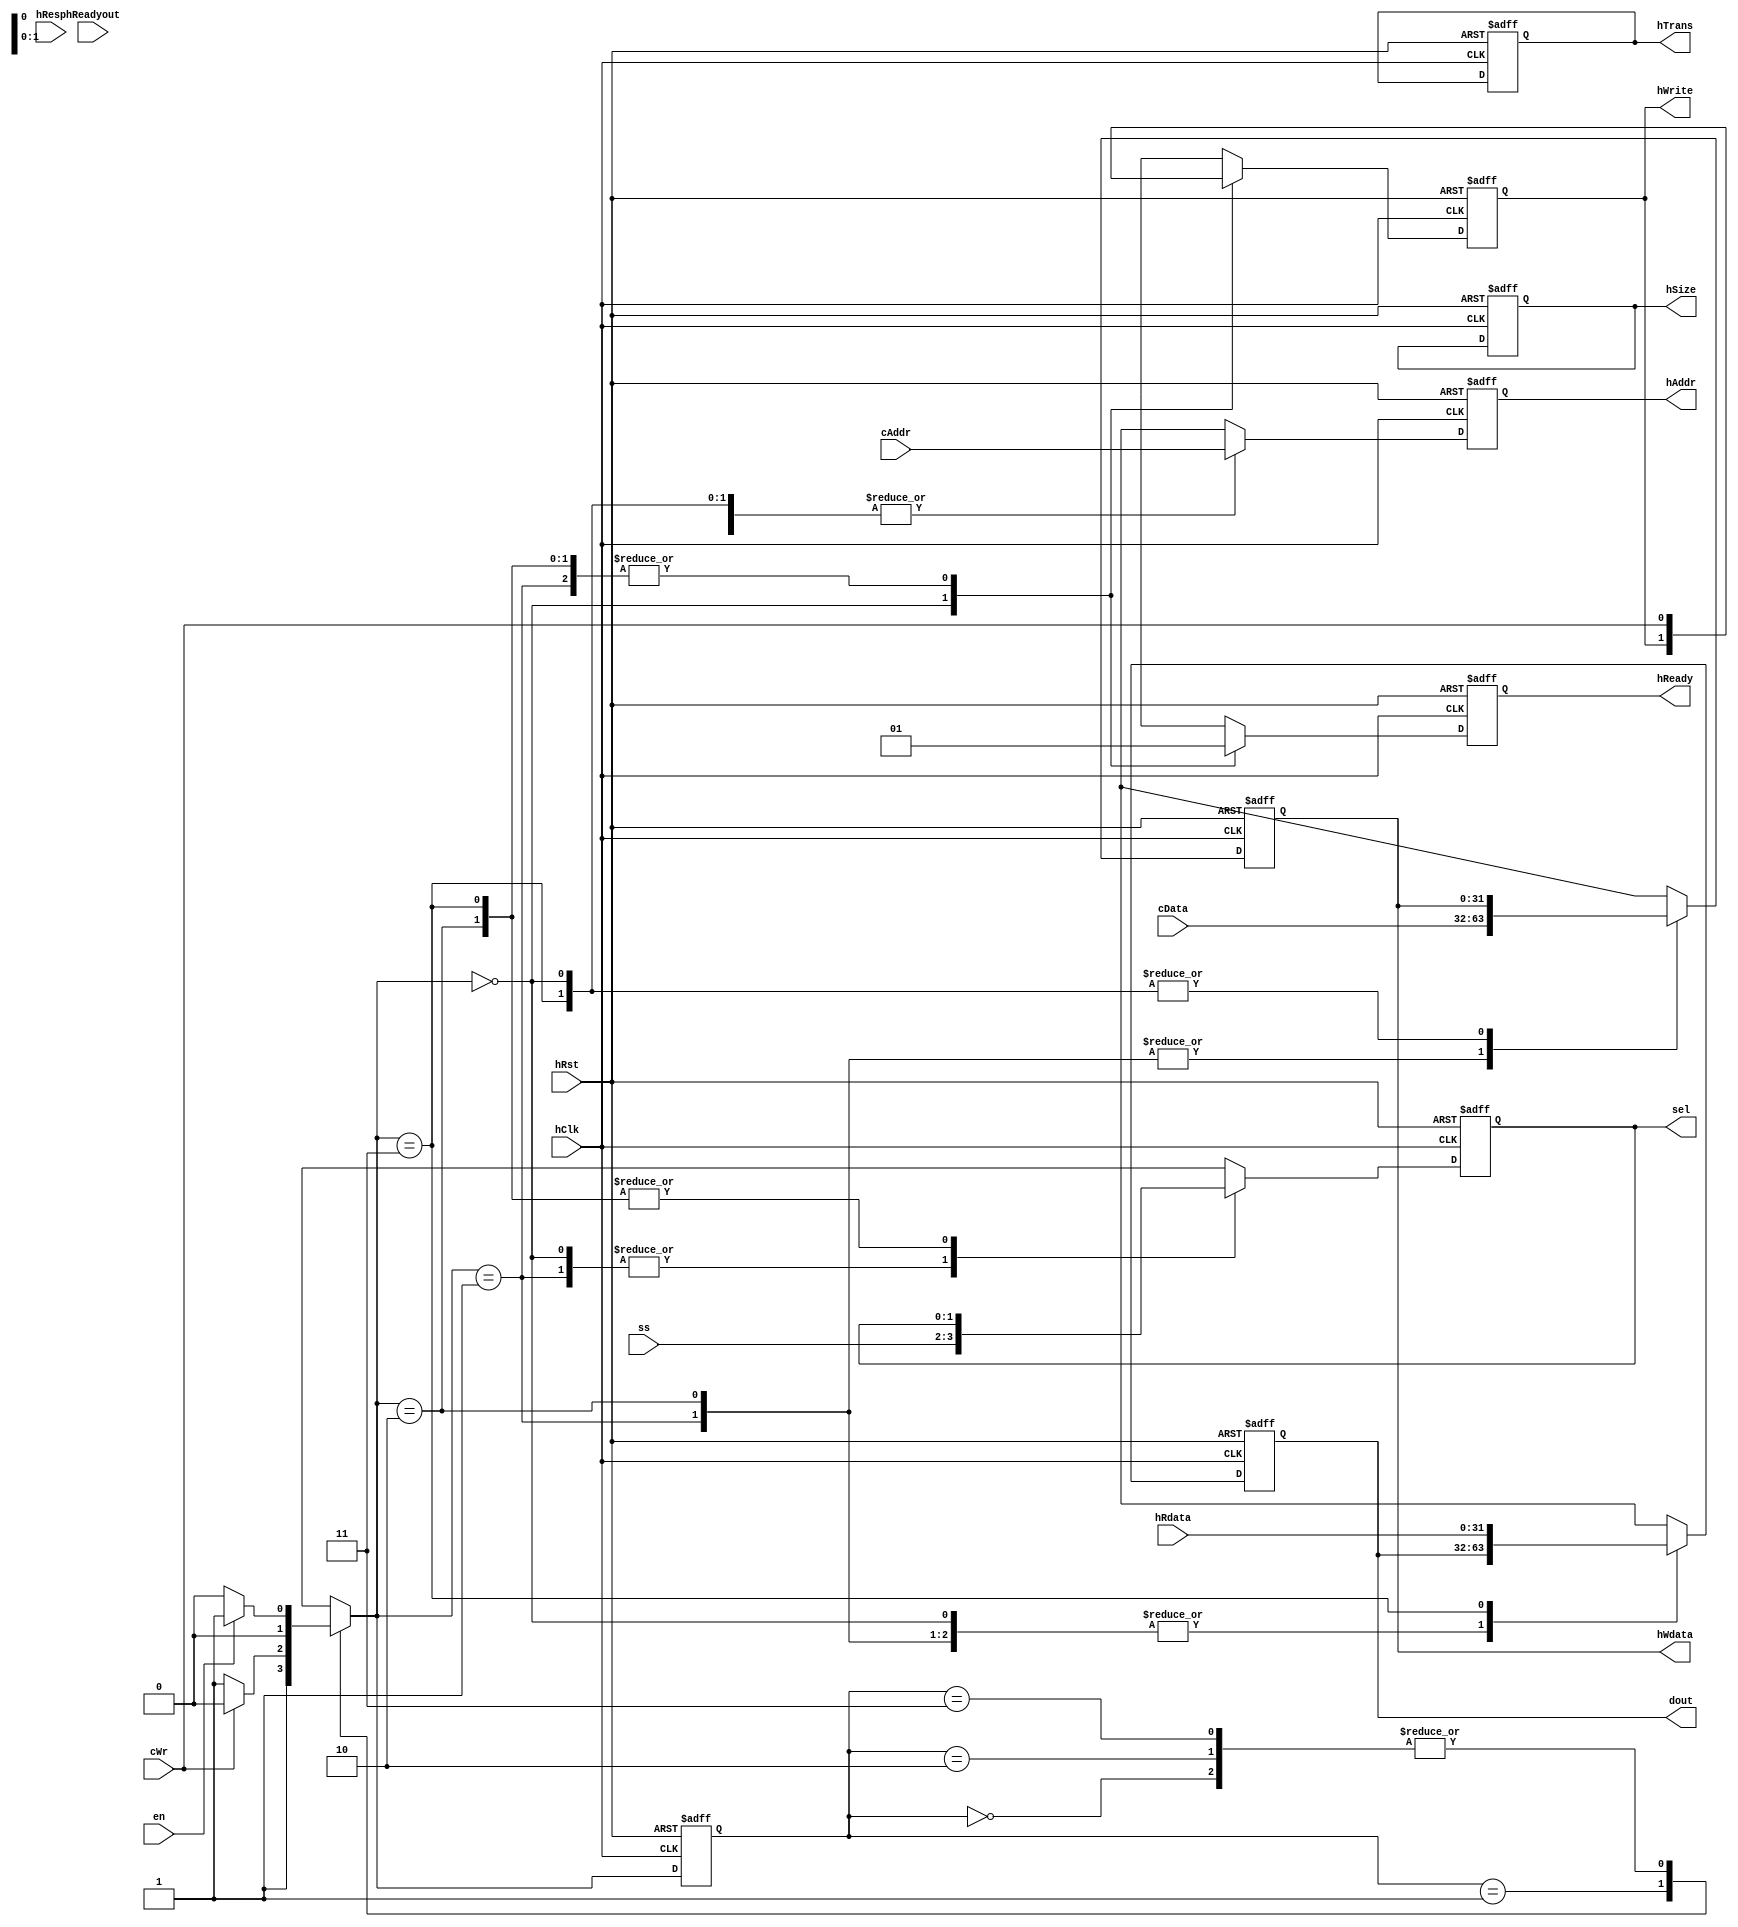
/* 
  Design : AHB Master (CPU)
  Designer : Srimanth Tenneti
  Date : 14th April 2o22
*/

module ahb_master (
  // Global Clock & Rest
  input hClk,
  input hRst,
  // User Interface Signals
  input [31:0] cData,
  input [31:0] cAddr,
  input en,
  input cWr,
  // Slace Loopback Signals
  input hReadyout,
  input hResp,
  input [31:0] hRdata,
  // Slave Select Signal
  input [1:0] ss,
  

  // Slave Select
  output reg [1:0] sel,
  // Main AHB Address
  output reg [31:0] hAddr,
  // Read & Write Control Signal
  output reg hWrite,
  // Transfer Size (Used to set transfer size)
  output reg [2:0] hSize,
  // Transfer State signal
  output reg [1:0] hTrans,
  // Ready Signal
  output reg hReady,
  // Bus Write Data
  output reg [31:0] hWdata,
  // User Output
  output reg [31:0] dout
);
  
  // Master State Machine Declarations
  
  reg [1:0] state, next_state;
  
  parameter IDLE  = 2'b00;
  parameter BASE  = 2'b01;
  parameter ST2   = 2'b10;
  parameter ST3   = 2'b11;
  
  // Master State Machine
  
  
  // Present State Logic
  always @ (posedge hClk or negedge hRst)
    begin
      if (~hRst)
        begin
          state = IDLE;
        end
      else
        begin
           state = next_state;
        end
    end
  
  
  // Next State Decoder Logic
  always @ (*)
    begin
      case(state)
        // IDLE State Logic
        IDLE : begin
          if (en)
            next_state = BASE;
          else
            next_state = IDLE;
        end
        
        BASE : begin
          if (cWr)
            next_state = ST2;
          else
            next_state = ST3;
        end
        
        ST2 : begin
          if (en)
            next_state = BASE;
          else
            next_state = IDLE;
        end
        
        ST3 : begin
          if (en)
            next_state = BASE;
          else
            next_state = IDLE;
        end      
        
        default : next_state = IDLE;
        
      endcase
      
    end
  
  
  // Output Logic
  always @ (posedge hClk or negedge hRst)
    begin
      if (~hRst)
        begin
           sel       <= 0;
           hAddr     <= 0;
           hWrite    <= 0;
           hSize     <= 0;
           hTrans    <= 0;
           hReady    <= 0;
           hWdata    <= 0;
           dout      <= 0;
        end
      
      else
        begin
          case (next_state)
             IDLE : begin
                sel    <= ss;
                hAddr  <= cAddr;
                hWrite <= hWrite;
                hReady <= 0;
                hWdata <= hWdata;
                dout   <= dout;
             end
            
            BASE : begin
               sel    <= ss;
               hAddr  <= cAddr;
               hWrite <= cWr;
               hReady <= 1;
               hWdata <= cData;
               dout   <= dout;
            end
            
            ST2 : begin
               sel    <= sel;
               hAddr  <= cAddr;
               hWrite <= cWr;
               hReady <= 1;
               hWdata <= cData;
               dout   <= dout;
            end
            
            ST3 : begin
               sel    <= sel;
               hAddr  <= cAddr;
               hWrite <= cWr;
               hReady <= 1;
               hWdata <= hWdata;
               dout   <= hRdata;
            end
            
            default : begin
               sel    <= ss;
               hAddr  <= hAddr;
               hWrite <= hWrite;
               hReady <= 0;
               hWdata <= hWdata;
               dout   <= dout;
            end
            
          endcase
          
        end
    end
  
endmodule